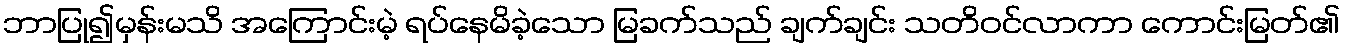
ဘာပြု၍မှန်းမသိ အကြောင်းမဲ့ ရပ်နေမိခဲ့သော မြခက်သည် ချက်ချင်း သတိဝင်လာကာ ကောင်းမြတ်၏